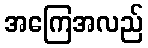
အကြေအလည်